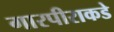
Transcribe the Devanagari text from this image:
गारपीराकडे